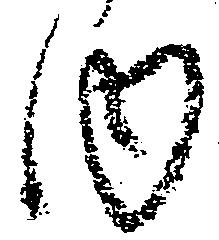
内